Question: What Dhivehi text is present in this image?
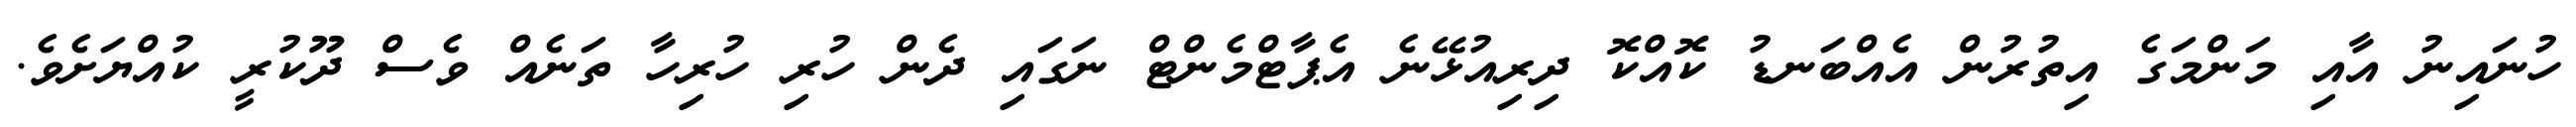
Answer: ހުނައިނު އާއި މަންމަގެ އިތުރުން އެއްބަނޑު ކޮއްކޮ ދިރިއުޅޭނެ އެޕާޓްމެންޓް ނަގައި ދެން ހުރި ހުރިހާ ތަނެއް ވެސް ދޫކުރީ ކުއްޔަށެވެ.